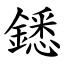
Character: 鏭